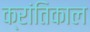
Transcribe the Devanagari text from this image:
क्रांतिकाल